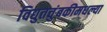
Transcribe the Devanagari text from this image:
विद्युतचुंबकीमधल्या